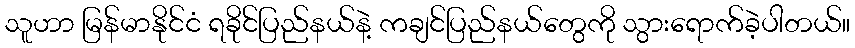
သူဟာ မြန်မာနိုင်ငံ ရခိုင်ပြည်နယ်နဲ့ ကချင်ပြည်နယ်တွေကို သွားရောက်ခဲ့ပါတယ်။